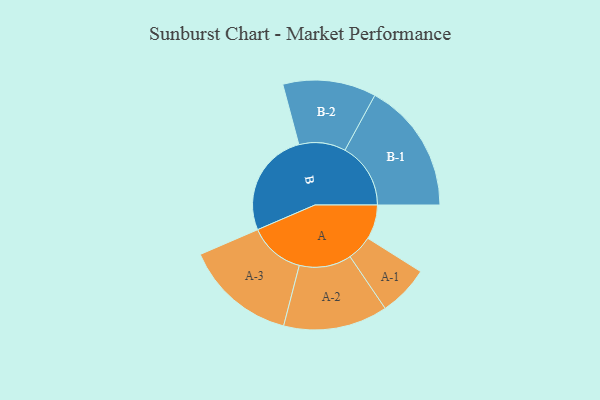
{"axis": {"x": "Segment", "y": "Value"}, "legend": ["", "A", "B"], "data": [{"x": "A", "y": 150, "type": ""}, {"x": "B", "y": 458, "type": ""}, {"x": "A-1", "y": 110, "type": "A"}, {"x": "A-2", "y": 227, "type": "A"}, {"x": "A-3", "y": 243, "type": "A"}, {"x": "B-1", "y": 286, "type": "B"}, {"x": "B-2", "y": 203, "type": "B"}]}